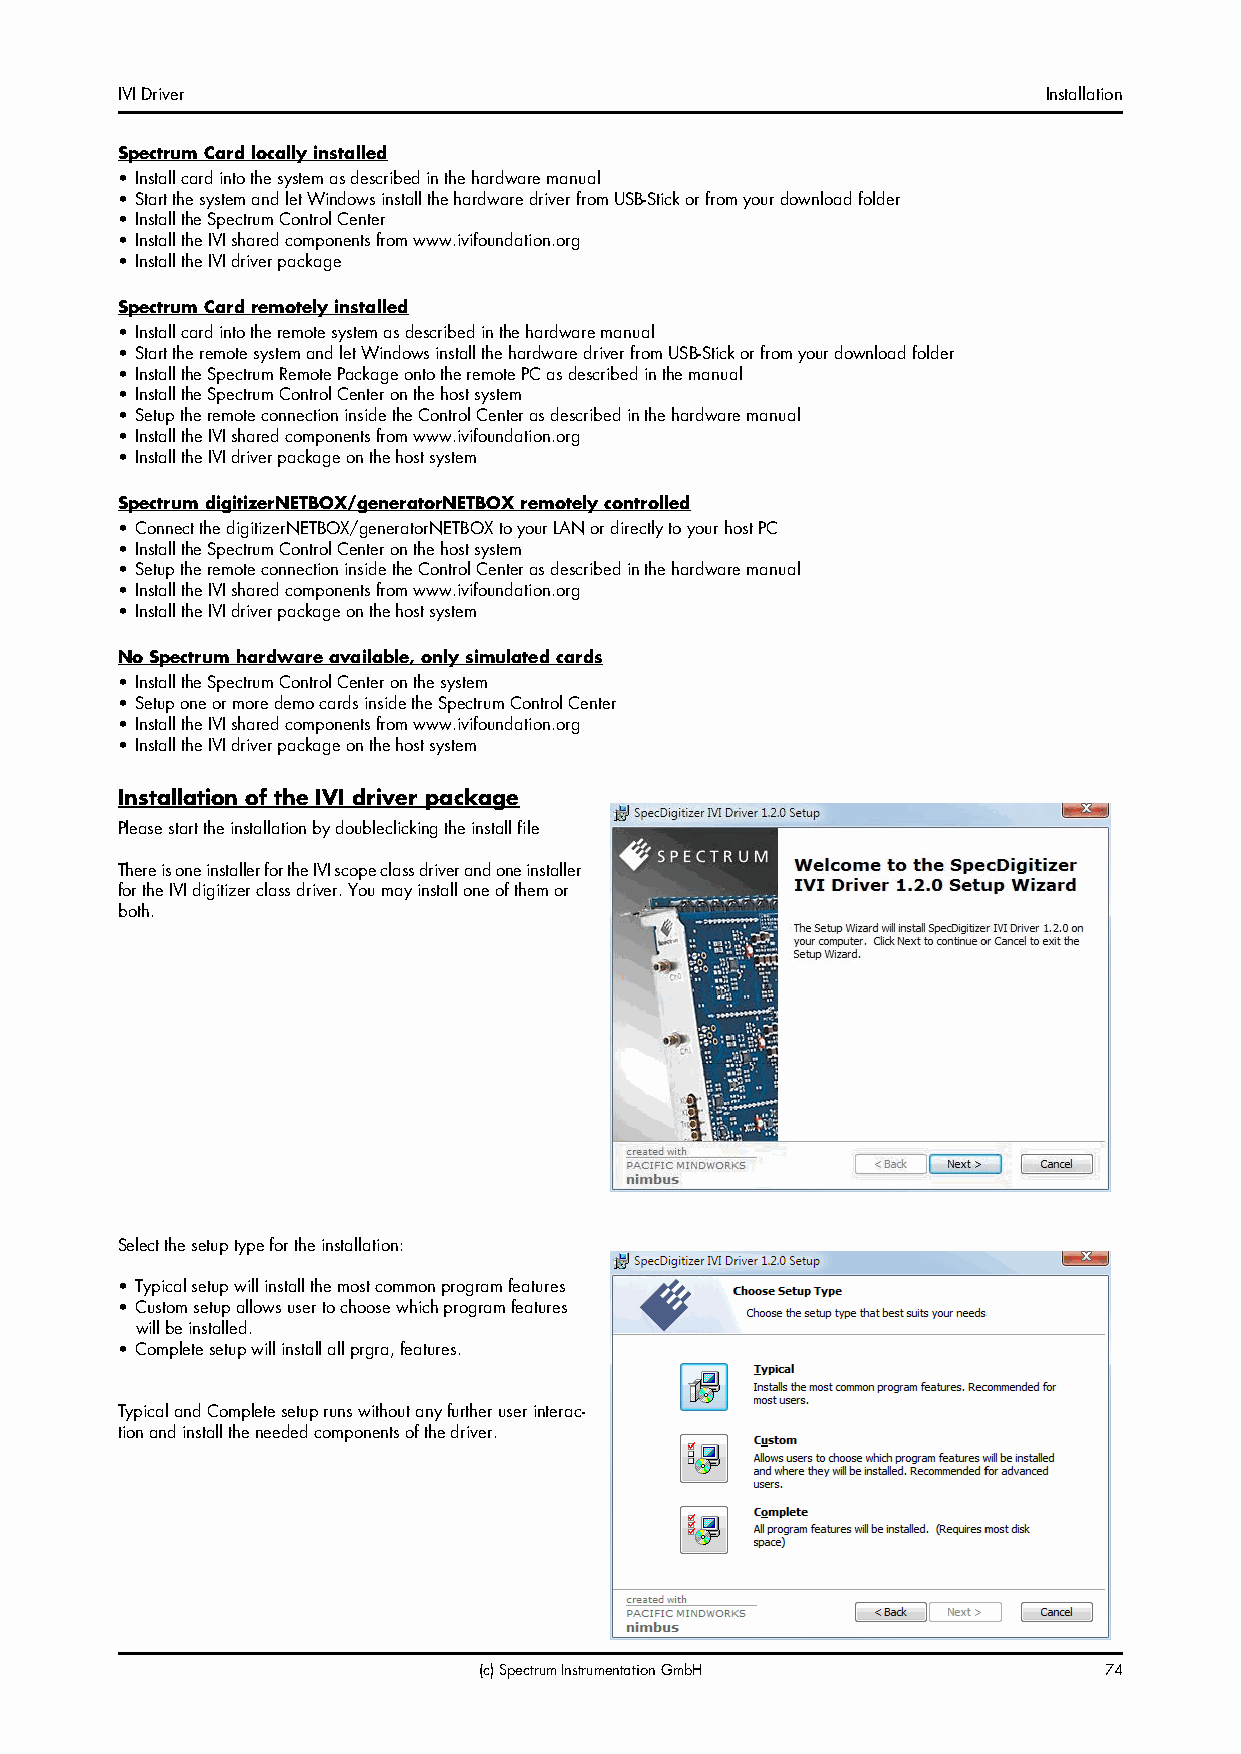
IVI Driver                                                   Installation
 Spectrum Card locally installed
 • Install card into the system as described in the hardware manual
 • Start the system and let Windows install the hardware driver from USB-Stick or from your download folder
 • Install the Spectrum Control Center
 • Install the IVI shared components from www.ivifoundation.org
 • Install the IVI driver package
 Spectrum Card remotely installed
 • Install card into the remote system as described in the hardware manual
 • Start the remote system and let Windows install the hardware driver from USB-Stick or from your download folder
 • Install the Spectrum Remote Package onto the remote PC as described in the manual
 • Install the Spectrum Control Center on the host system
 • Setup the remote connection inside the Control Center as described in the hardware manual
 • Install the IVI shared components from www.ivifoundation.org
 • Install the IVI driver package on the host system
 Spectrum digitizerNETBOX/generatorNETBOX remotely controlled
 • Connect the digitizerNETBOX/generatorNETBOX to your LAN or directly to your host PC
 • Install the Spectrum Control Center on the host system
 • Setup the remote connection inside the Control Center as described in the hardware manual
 • Install the IVI shared components from www.ivifoundation.org
 • Install the IVI driver package on the host system
 No Spectrum hardware available, only simulated cards
 • Install the Spectrum Control Center on the system
 • Setup one or more demo cards inside the Spectrum Control Center
 • Install the IVI shared components from www.ivifoundation.org
 • Install the IVI driver package on the host system
 Installation of the IVI driver package
 Please start the installation by doubleclicking the install file
 There is one installer for the IVI scope class driver and one installer
 for the IVI digitizer class driver. You may install one of them or
 both.
 Select the setup type for the installation:
 • Typical setup will install the most common program features
 • Custom setup allows user to choose which program features
 will be installed.
 • Complete setup will install all prgra, features.
 Typical and Complete setup runs without any further user interac-
 tion and install the needed components of the driver.
 (c) Spectrum Instrumentation GmbH        74